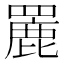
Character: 䍡